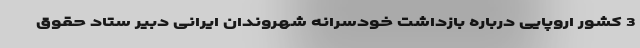
3 کشور اروپایی درباره بازداشت خودسرانه شهروندان ایرانی دبیر ستاد حقوق